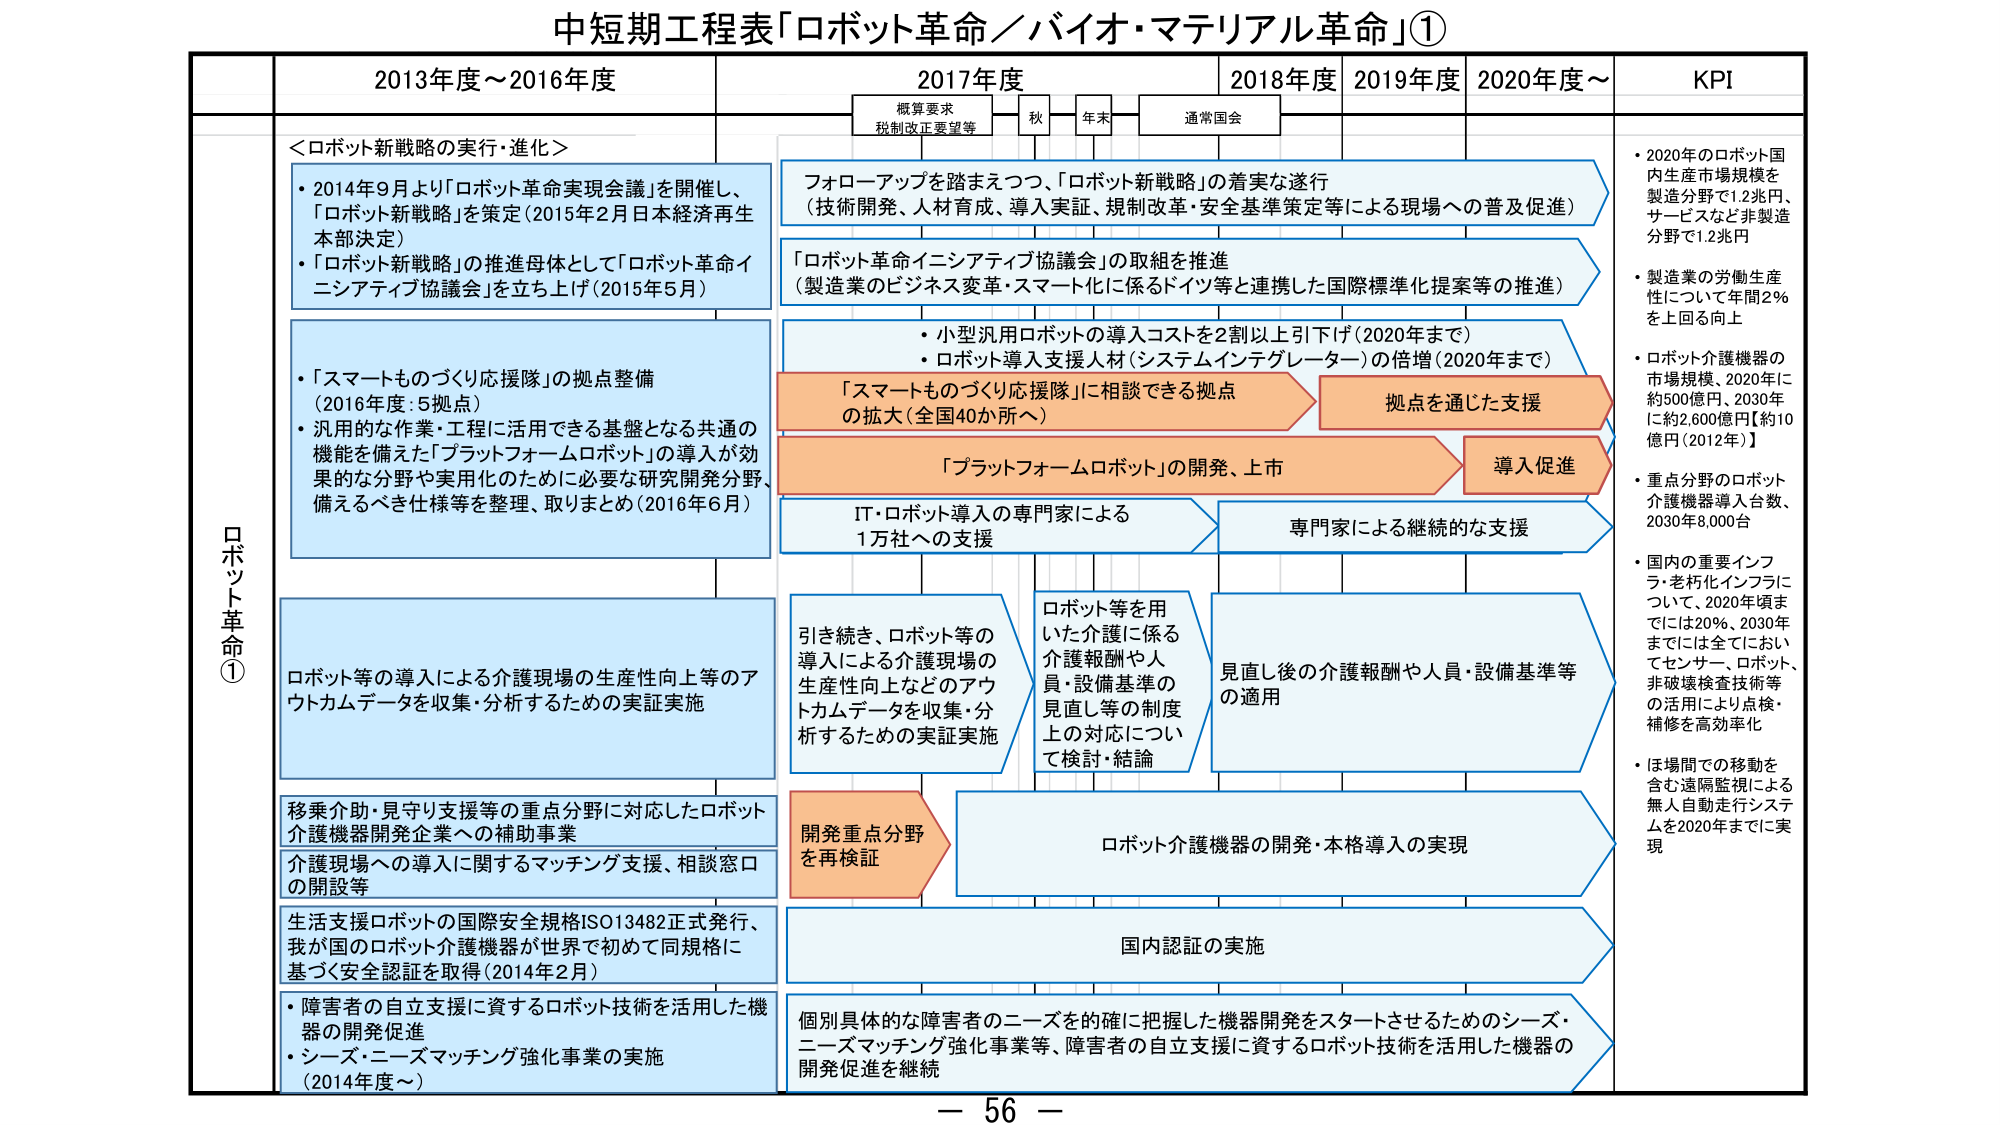
中短期工程表「ロボット革命／バイオ・マテリアル革命」①

2013年度～2016年度
2017年度
2018年度
2019年度
2020年度～
KPI

概算要求
税制改正要望等
秋
年末
通常国会

ロボット革命①

＜ロボット新戦略の実行・進化＞
・2014年9月より「ロボット革命実現会議」を開催し、「ロボット新戦略」を策定（2015年2月日本経済再生本部決定）
・「ロボット新戦略」の推進母体として「ロボット革命イニシアティブ協議会」を立ち上げ（2015年5月）

フォローアップを踏まえつつ、「ロボット新戦略」の着実な遂行
（技術開発、人材育成、導入実証、規制改革・安全基準策定等による現場への普及促進）

「ロボット革命イニシアティブ協議会」の取組を推進
（製造業のビジネス変革・スマート化に係るドイツ等と連携した国際標準化提案等の推進）

・小型汎用ロボットの導入コストを2割以上引下げ（2020年まで）
・ロボット導入支援人材（システムインテグレーター）の倍増（2020年まで）

「スマートものづくり応援隊」に相談できる拠点の拡大（全国40か所へ）
拠点を通じた支援

「プラットフォームロボット」の開発、上市
導入促進

IT・ロボット導入の専門家による1万社への支援
専門家による継続的な支援

・2020年のロボット国内生産市場規模を製造分野で1.2兆円、サービスなど非製造分野で1.2兆円
・製造業の労働生産性について年間2％を上回る向上
・ロボット介護機器の市場規模、2020年に約500億円、2030年に約2,600億円【約10億円（2012年）】
・重点分野のロボット介護機器導入台数、2030年8,000台
・国内の重要インフラ・老朽化インフラについて、2020年頃までには20％、2030年までには全てにおいてセンサー、ロボット、非破壊検査技術等の活用により点検・補修を高効率化
・ほ場間での移動を含む遠隔監視による無人自動走行システムを2020年までに実現

「スマートものづくり応援隊」の拠点整備
（2016年度：5拠点）
・汎用的な作業・工程に活用できる基盤となる共通の機能を備えた「プラットフォームロボット」の導入が効果的な分野や実用化のために必要な研究開発分野、備えるべき仕様等を整理、取りまとめ（2016年6月）

引き続き、ロボット等の導入による介護現場の生産性向上などのアウトカムデータを収集・分析するための実証実施

ロボット等を用いた介護に係る介護報酬や人員・設備基準の見直し等の制度上の対応について検討・結論

見直し後の介護報酬や人員・設備基準等の適用

ロボット等の導入による介護現場の生産性向上等のアウトカムデータを収集・分析するための実証実施

移乗介助・見守り支援等の重点分野に対応したロボット介護機器開発企業への補助事業

介護現場への導入に関するマッチング支援、相談窓口の開設等

生活支援ロボットの国際安全規格ISO13482正式発行、我が国のロボット介護機器が世界で初めて同規格に基づく安全認証を取得（2014年2月）

・障害者の自立支援に資するロボット技術を活用した機器の開発促進
・シーズ・ニーズマッチング強化事業の実施（2014年度～）

開発重点分野を再検証

ロボット介護機器の開発・本格導入の実現

国内認証の実施

個別具体的な障害者のニーズを的確に把握した機器開発をスタートさせるためのシーズ・ニーズマッチング強化事業等、障害者の自立支援に資するロボット技術を活用した機器の開発促進を継続

－ 56 －